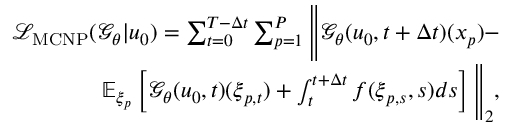
\begin{array} { r } { \mathcal { L } _ { \operatorname { M C N P } } ( \mathcal { G } _ { \theta } | u _ { 0 } ) = \sum _ { t = 0 } ^ { T - \Delta t } \sum _ { p = 1 } ^ { P } \Bigg \| \mathcal { G } _ { \theta } ( u _ { 0 } , t + \Delta t ) ( \boldsymbol { x } _ { p } ) - } \\ { \mathbb { E } _ { \boldsymbol { \xi } _ { p } } \left[ \mathcal { G } _ { \theta } ( u _ { 0 } , t ) ( \boldsymbol { \xi } _ { p , t } ) + \int _ { t } ^ { t + \Delta t } f ( \boldsymbol { \xi } _ { p , s } , s ) d s \right] \Bigg \| _ { 2 } , } \end{array}